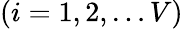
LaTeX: (i=1,2,\dots V)